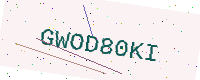
Text: GWOD80KI